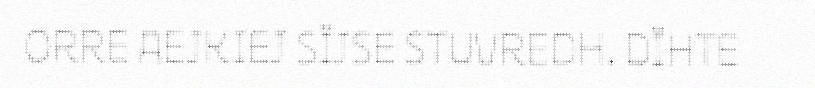
ORRE AEJKIEJ SÏJSE STUVREDH. DÏHTE